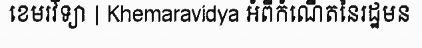
ខេមរវិទ្យា | Khemaravidya អំពីកំណើតនៃរដ្ឋមន